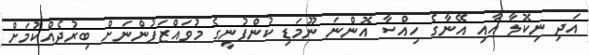
އަދި ނިކޮލާ އާއި އޭނާގެ ހިއްސާ އޮންނަ ނޫމަޑި ކުންފުނީގެ މުވައްޒަފުންނަށް ބިރުދެއްކުމަށް